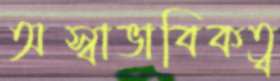
অস্বাভাবিকত্ব